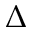
\Delta